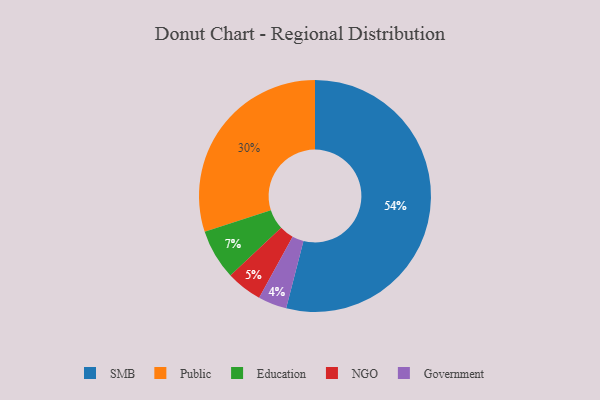
{"axis": {"x": "Category", "y": "Percentage"}, "legend": ["Education", "Government", "NGO", "Public", "SMB"], "data": [{"x": "SMB", "y": 54, "type": "SMB"}, {"x": "NGO", "y": 5, "type": "NGO"}, {"x": "Education", "y": 7, "type": "Education"}, {"x": "Public", "y": 30, "type": "Public"}, {"x": "Government", "y": 4, "type": "Government"}]}